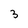
Character: 3